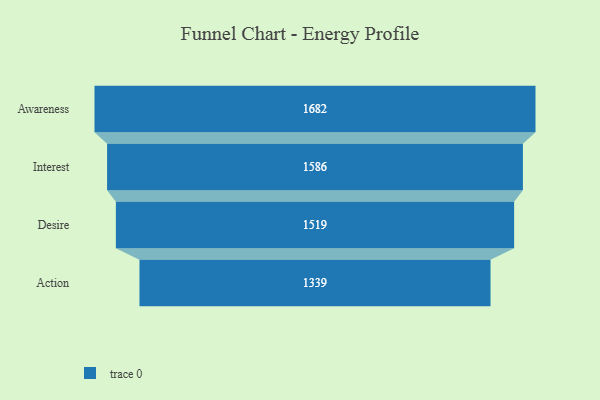
{"axis": {"x": "Stage", "y": "Value"}, "legend": [""], "data": [{"x": "Awareness", "y": 1682.0, "type": ""}, {"x": "Interest", "y": 1586.0, "type": ""}, {"x": "Desire", "y": 1519.0, "type": ""}, {"x": "Action", "y": 1339.0, "type": ""}]}